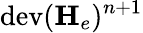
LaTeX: \mathrm{dev}(\mathbf{H}_{e})^{n+1}